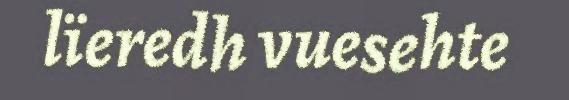
lïeredh vuesehte